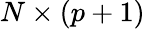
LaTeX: N\times(p+1)